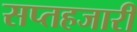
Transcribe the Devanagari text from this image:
सप्तहजारी